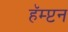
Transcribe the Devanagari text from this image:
हॅम्प्टन